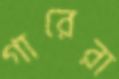
গারেরা